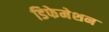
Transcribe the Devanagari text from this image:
डिफेमेशन